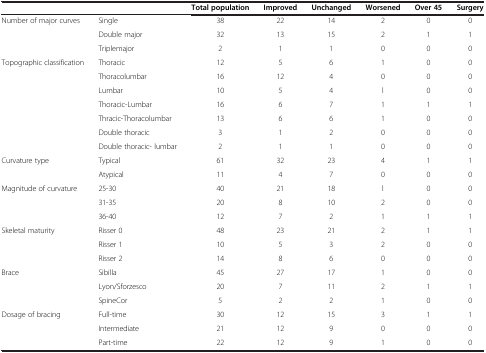
|  |  | Total population | Improved | Unchanged | Worsened | Over 45 | Surgery |
 | --- | --- | --- | --- | --- | --- | --- | --- |
 | Number of major curves | Single | 38 | 22 | 14 | 2 | 0 | 0 |
 |  | Double major | 32 | 13 | 15 | 2 | 1 | 1 |
 |  | Triplemajor | 2 | 1 | 1 | 0 | 0 | 0 |
 | Topographic classification | Thoracic | 12 | 5 | 6 | 1 | 0 | 0 |
 |  | Thoracolumbar | 16 | 12 | 4 | 0 | 0 | 0 |
 |  | Lumbar | 10 | 5 | 4 | l | 0 | 0 |
 |  | Thoracic-Lumbar | 16 | 6 | 7 | 1 | 1 | 1 |
 |  | Thracic-Thoracolumbar | 13 | 6 | 6 | 1 | 0 | 0 |
 |  | Double thoracic | 3 | 1 | 2 | 0 | 0 | 0 |
 |  | Double thoracic- lumbar | 2 | 1 | 1 | 0 | 0 | 0 |
 | Curvature type | Typical | 61 | 32 | 23 | 4 | 1 | 1 |
 |  | Atypical | 11 | 4 | 7 | 0 | 0 | 0 |
 | Magnitude of curvature | 25-30 | 40 | 21 | 18 | l | 0 | 0 |
 |  | 31-35 | 20 | 8 | 10 | 2 | 0 | 0 |
 |  | 36-40 | 12 | 7 | 2 | 1 | 1 | 1 |
 | Skeletal maturity | Risser 0 | 48 | 23 | 21 | 2 | 1 | 1 |
 |  | Risser 1 | 10 | 5 | 3 | 2 | 0 | 0 |
 |  | Risser 2 | 14 | 8 | 6 | 0 | 0 | 0 |
 | Brace | Sibilla | 45 | 27 | 17 | 1 | 0 | 0 |
 |  | Lyon/Sforzesco | 20 | 7 | 11 | 2 | 1 | 1 |
 |  | SpineCor | 5 | 2 | 2 | 1 | 0 | 0 |
 | Dosage of bracing | Full-time | 30 | 12 | 15 | 3 | 1 | 1 |
 |  | Intermediate | 21 | 12 | 9 | 0 | 0 | 0 |
 |  | Part-time | 22 | 12 | 9 | 1 | 0 | 0 |